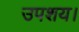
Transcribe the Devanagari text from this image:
उपशय।